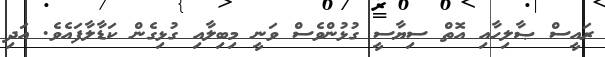
ރައީސް ޞާލިހާއި އޮތް ސިޔާސީ ގުޅުންވެސް ވަނީ މިބިލާއި ގުޅިގެން ކަޑާލާފައެވެ. އަދި